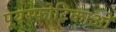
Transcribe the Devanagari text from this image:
पूयस्फोटिकाओं